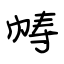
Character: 帱